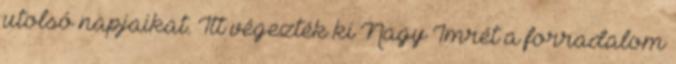
utolsó napjaikat. Itt végezték ki Nagy Imrét a forradalom